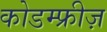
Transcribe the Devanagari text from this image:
कोडम्फ्रीज़